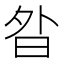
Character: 𭨚